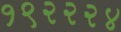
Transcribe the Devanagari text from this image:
१९२२२४